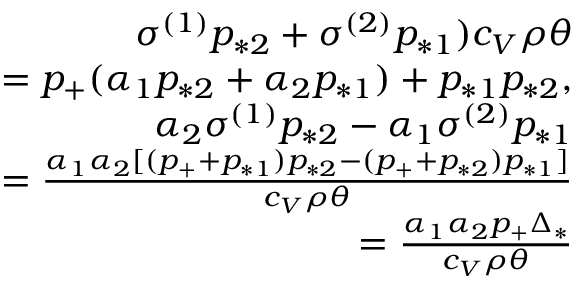
\begin{array} { r } { \sigma ^ { ( 1 ) } p _ { * 2 } + \sigma ^ { ( 2 ) } p _ { * 1 } ) c _ { V } \rho \theta } \\ { = p _ { + } ( \alpha _ { 1 } p _ { * 2 } + \alpha _ { 2 } p _ { * 1 } ) + p _ { * 1 } p _ { * 2 } , } \\ { \alpha _ { 2 } \sigma ^ { ( 1 ) } p _ { * 2 } - \alpha _ { 1 } \sigma ^ { ( 2 ) } p _ { * 1 } } \\ { = \frac { \alpha _ { 1 } \alpha _ { 2 } [ ( p _ { + } + p _ { * 1 } ) p _ { * 2 } - ( p _ { + } + p _ { * 2 } ) p _ { * 1 } ] } { c _ { V } \rho \theta } } \\ { = \frac { \alpha _ { 1 } \alpha _ { 2 } p _ { + } \Delta _ { * } } { c _ { V } \rho \theta } } \end{array}